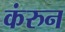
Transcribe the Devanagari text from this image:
कंरुन